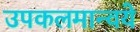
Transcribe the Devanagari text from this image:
उपकलमान्वये